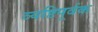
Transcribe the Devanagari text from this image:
व्यष्टिपूर्वक